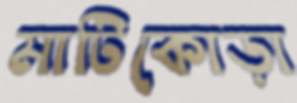
মাটিকোড়া